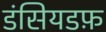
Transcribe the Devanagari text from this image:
डंसियडफ़